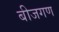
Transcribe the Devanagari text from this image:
बीजगण